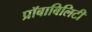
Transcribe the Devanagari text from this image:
प्रॉबाबिलिटी